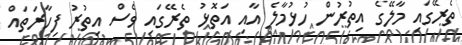
ތެރޭގައި މާލޭގެ އިތުރުން ހުޅުމާލެ އާއި އަތޮޅު ތެރޭގައި ވެސް އިތުރު ފިހާރަތައް